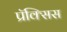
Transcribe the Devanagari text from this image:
प्रॅक्सिस